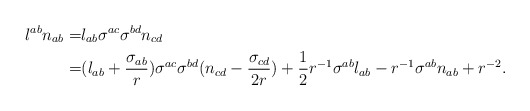
\begin{align*}l^{ab} n_{ab} = & l_{ab} \sigma^{ac} \sigma^{bd} n_{cd} \\ =& (l_{ab}+\frac{\sigma_{ab}}{r}) \sigma^{ac} \sigma^{bd} (n_{cd} - \frac{\sigma_{cd}}{2r}) + \frac{1}{2} r^{-1}\sigma^{ab} l_{ab} - r^{-1}\sigma^{ab}n_{ab} + r^{-2} . \\ \end{align*}